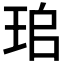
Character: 𤤷